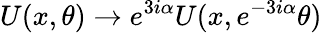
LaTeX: U(x,\theta)\rightarrow e^{3i\alpha}U(x,e^{-3i\alpha}\theta)